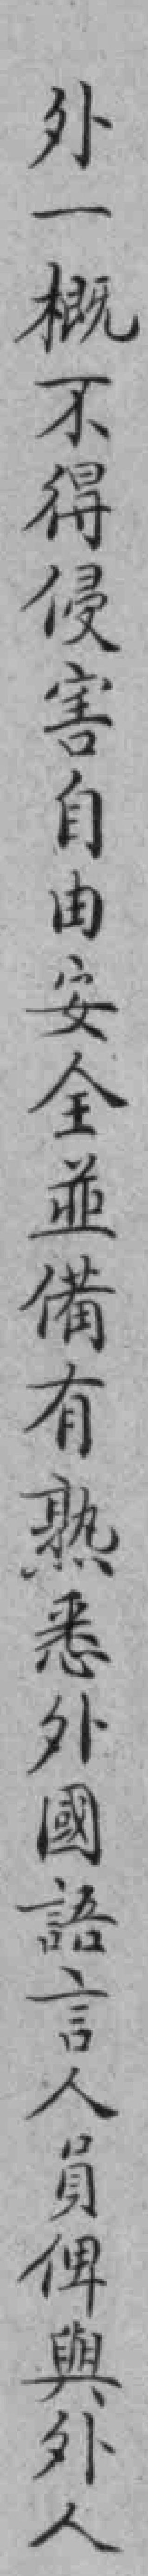
外一概不得侵害自由安全並備有熟悉外國語言人員俾與外人